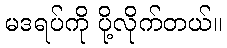
မဒရပ်ကို ပို့လိုက်တယ်။